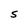
Character: S